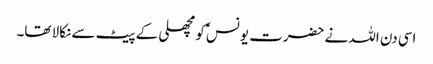
اسی دن اللہ نے حضرت یونسؑ کو مچھلی کے پیٹ سے نکالا تھا۔